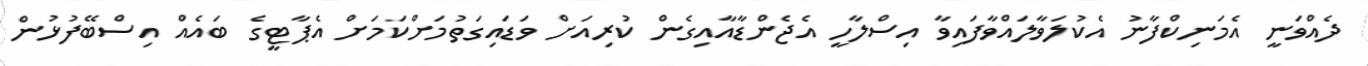
ދެއްވަނީ އެމަނިކްފާނު އެކުލަވާލައްވާފައިވާ އިސްލާހީ އެޖެންޑާއާއިގެން ކުރިއަށް ވަޑައިގަތުމަށްކަމަށް އެޕާޓީގެ ބައެއް އިސްބޭފުޅުން